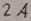
Text: 2A